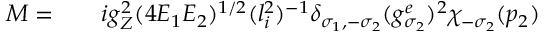
\begin{array} { r l r } { { \cal M } = } & { { } } & { i g _ { Z } ^ { 2 } ( 4 E _ { 1 } E _ { 2 } ) ^ { 1 / 2 } ( l _ { i } ^ { 2 } ) ^ { - 1 } \delta _ { \sigma _ { 1 } , - \sigma _ { 2 } } ( g _ { \sigma _ { 2 } } ^ { e } ) ^ { 2 } \chi _ { - \sigma _ { 2 } } ( p _ { 2 } ) } \end{array}